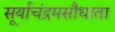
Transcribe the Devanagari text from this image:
सूर्याचंद्रमसौधाता